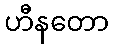
ဟီနတော